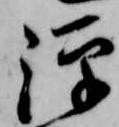
源